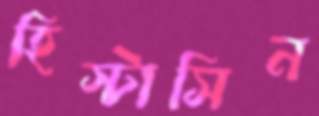
হিস্টাসিন